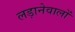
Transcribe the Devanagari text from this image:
लड़ानेवालों